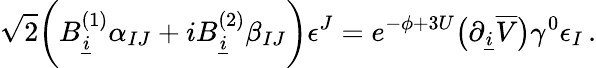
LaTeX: \sqrt 2\biggl(B_{\underline{{i}}}^{(1)}\alpha_{IJ}+iB_{\underline{{i}}}^{(2)}\beta_{IJ}\biggr)\epsilon^{J}=e^{-\phi+3U}\bigl(\partial_{\underline{{i}}}\overline{{V}}\bigr)\gamma^{0}\epsilon_{I}\, .